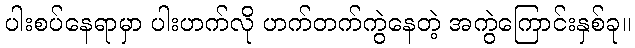
ပါးစပ်နေရာမှာ ပါးဟက်လို ဟက်တက်ကွဲနေတဲ့ အကွဲကြောင်းနှစ်ခု။